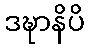
ဒဍ္ဎာနိပိ